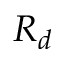
R _ { d }